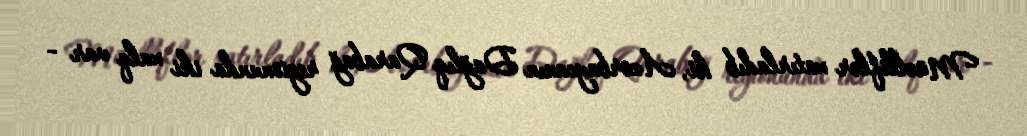
Müəlliflər xatırladıb ki, Azərbaycanın Dağlıq Qarabağ regionunda iki xalq var -